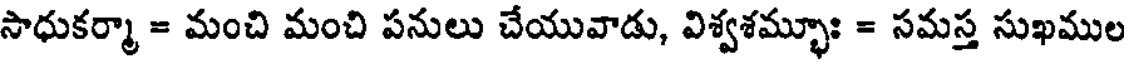
సాధుకర్మా = మంచి మంచి పనులు చేయువాడు, విశ్వశమ్భూః = సమస్త సుఖముల